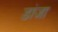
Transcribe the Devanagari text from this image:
डांजा